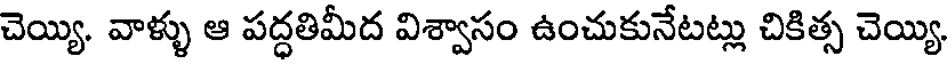
చెయ్యి. వాళ్ళు ఆ పద్ధతిమీద విశ్వాసం ఉంచుకునేటట్లు చికిత్స చెయ్యి.